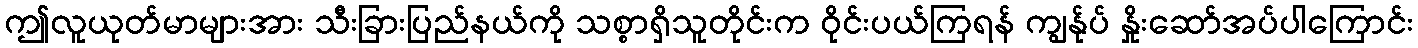
ဤလူယုတ်မာများအား သီးခြားပြည်နယ်ကို သစ္စာရှိသူတိုင်းက ဝိုင်းပယ်ကြရန် ကျွန်ုပ် နှိုးဆော်အပ်ပါကြောင်း